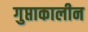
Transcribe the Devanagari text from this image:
गुप्ताकालीन